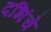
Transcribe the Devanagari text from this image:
दभिंचे